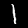
Digit: 1